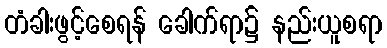
တံခါးဖွင့်စေရန် ခေါက်ရာ၌ နည်းယူစရာ